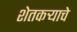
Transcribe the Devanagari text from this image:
शेतकऱ्याचे